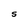
Character: S